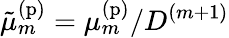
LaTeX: \tilde{\mu}_{m}^{\mathrm{(p)}}=\mu_{m}^{\mathrm{(p)}}/D^{(m+1)}